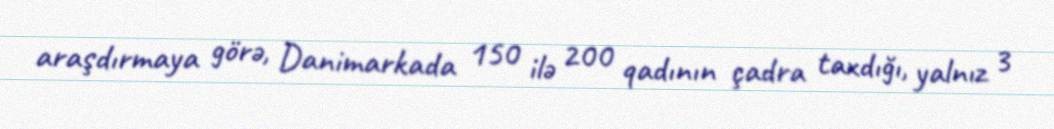
araşdırmaya görə, Danimarkada 150 ilə 200 qadının çadra taxdığı, yalnız 3